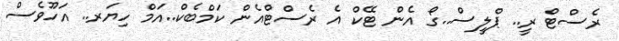
ރެސްޓް ރީ.. ޕްލީސް..ގޯ އެން ޓޭކް އެ ރެސްޓްއެން ކަމްބެކް..އަމް ހިޔަރ.. އަހޫވެސް